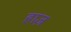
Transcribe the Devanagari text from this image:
हाज़